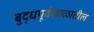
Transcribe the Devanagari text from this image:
बुद्धपूर्वकाळातील